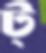
ট্